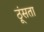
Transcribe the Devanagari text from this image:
ठूंसता